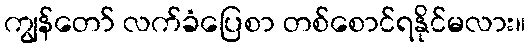
ကျွန်တော် လက်ခံပြေစာ တစ်စောင်ရနိုင်မလား။